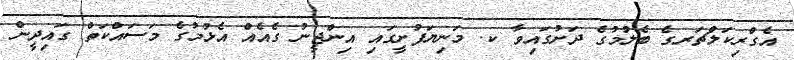
އެގްރިކަލްޗަރގެ ބެލުމުގެ ދަށުގައިވާ ކ. މަނިޔަފުށީގައި އިންޖީނު ގެއެއް އެޅުމުގެ މަސައްކަތް ގައިދީން